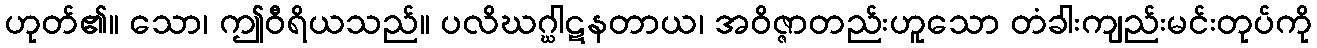
ဟုတ်၏။ သော၊ ဤဝီရိယသည်။ ပလိဃဂ္ဃါဋနတာယ၊ အဝိဇ္ဇာတည်းဟူသော တံခါးကျည်းမင်းတုပ်ကို